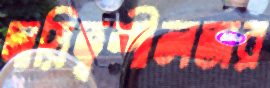
দায়িত্বশীলতার